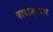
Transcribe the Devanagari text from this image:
पापान्धकार